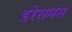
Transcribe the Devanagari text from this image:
इरेसमस